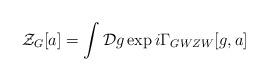
LaTeX: \begin{align*}{\cal Z}_G[a]= \int {\cal D}g\exp{i\Gamma_{GWZW}[g,a]}\end{align*}